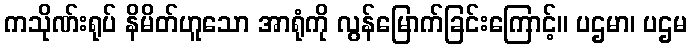
ကသိုဏ်းရုပ် နိမိတ်ဟူသော အာရုံကို လွန်မြောက်ခြင်းကြောင့်။ ပဌမာ၊ ပဌမ